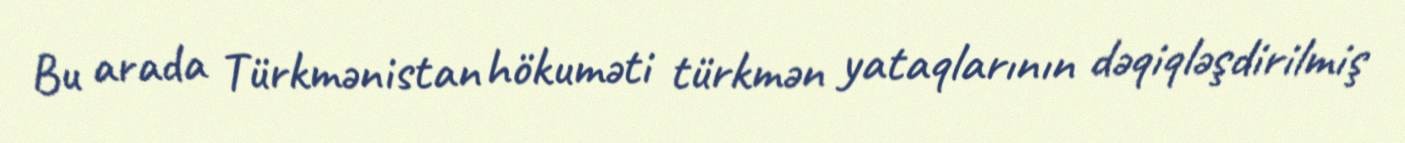
Bu arada Türkmənistan hökuməti türkmən yataqlarının dəqiqləşdirilmiş